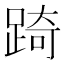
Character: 踦